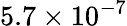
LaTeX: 5.7\times 10^{-7}